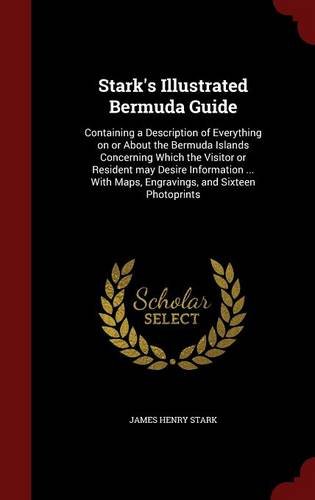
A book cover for Stark's Illustrated Bermuda Guide: Containing a Description of Everything on or About the Bermuda Islands Concerning Which the Visitor or Resident may ... Maps, Engravings, and Sixteen Photoprints; James Henry Stark; Travel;